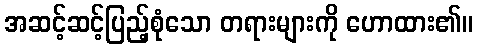
အဆင့်ဆင့်ပြည့်စုံသော တရားများကို ဟောထား၏။